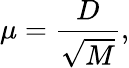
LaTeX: \mu={\frac{D}{\sqrt{M}}},